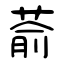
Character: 萮